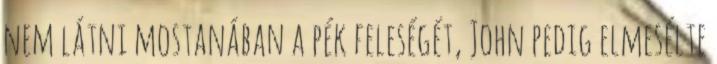
nem látni mostanában a pék feleségét, John pedig elmesélte